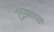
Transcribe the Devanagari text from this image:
२३५पासून